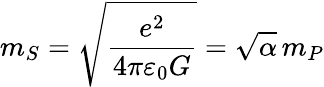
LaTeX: m_{S}={\sqrt{\frac{e^{2}}{4\pi\varepsilon_{0}G}}}={\sqrt{\alpha}}\, m_{P}